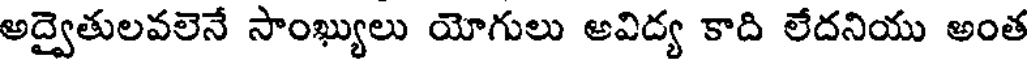
అద్వైతులవలెనే సాంఖ్యులు యోగులు అవిద్య కాది లేదనియు అంత